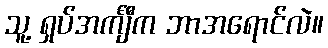
သူ့ ရှပ်အင်္ကျီက ဘာအရောင်လဲ။